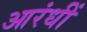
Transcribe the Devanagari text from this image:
आरंधीं